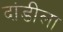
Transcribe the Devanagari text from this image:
दांडीला